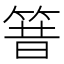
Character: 𱸃